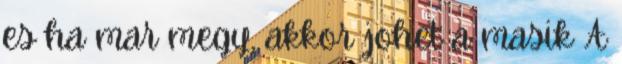
es ha mar megy, akkor johet a masik A